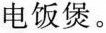
电饭煲。